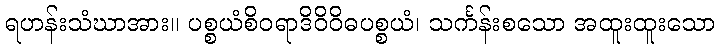
ရဟန်းသံဃာအား။ ပစ္စယံစိဝရာဒိဝိဝိဓပစ္စယံ၊ သင်္ကန်းစသော အထူးထူးသော